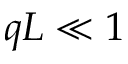
q L \ll 1